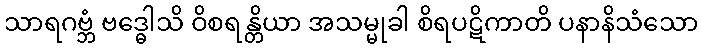
သာရဂဗ္ဘံ ဗဒ္ဓေါသိ ဝိစရန္တိယာ အသမ္မုခါ စိရပဋိကာတိ ပနာနိသံသော